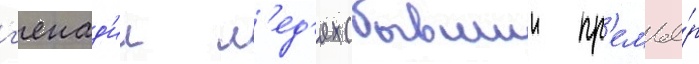
г'енад'ии л'ед'ях (бывшии пр'емье́р